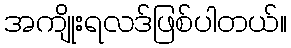
အကျိုးရလဒ်ဖြစ်ပါတယ်။